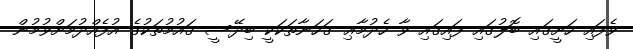
ވެފައި ހަށީގައި ބޮލުގައި ފައިގައި ވާ ހެދުމާޢި ގަހަނާތަކަކީ ބިދޭސީ ޤައުމުތަކުގެ އުފެއްދުމަށްވުމުން